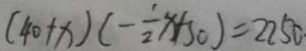
( 4 0 + x ) ( - \frac { 1 } { 2 } x + 5 0 ) = 2 2 5 0